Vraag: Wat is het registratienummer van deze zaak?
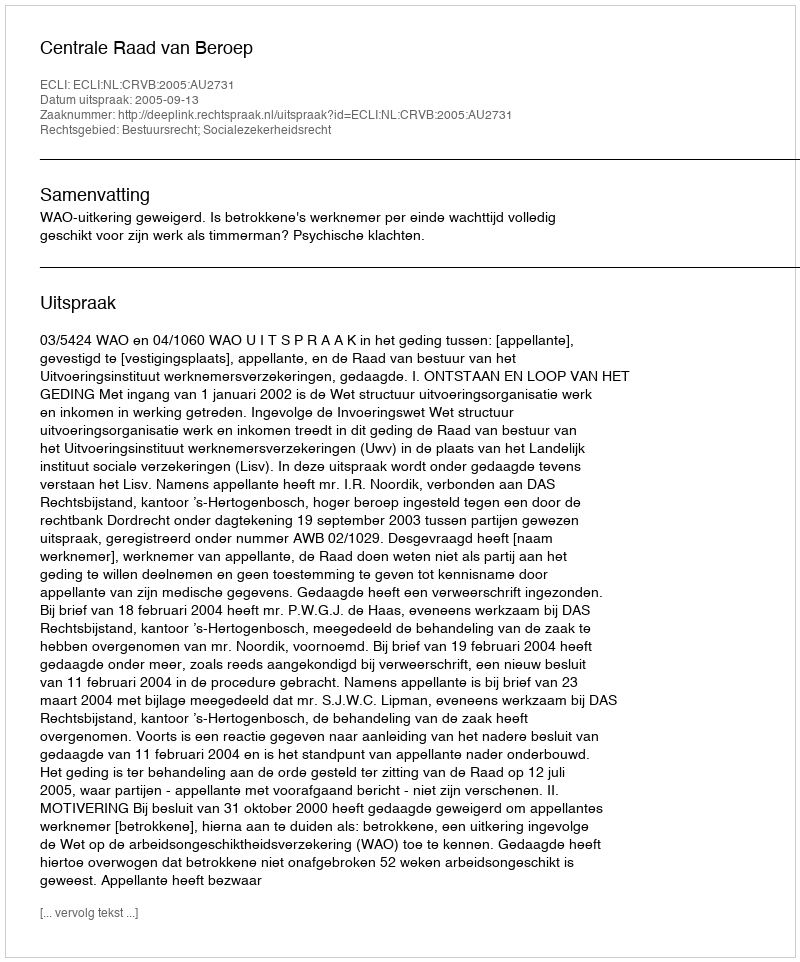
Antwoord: http://deeplink.rechtspraak.nl/uitspraak?id=ECLI:NL:CRVB:2005:AU2731